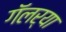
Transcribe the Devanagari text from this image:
गॅलर्‍या